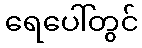
ရေပေါ်တွင်